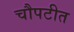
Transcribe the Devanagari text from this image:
चौपटीत